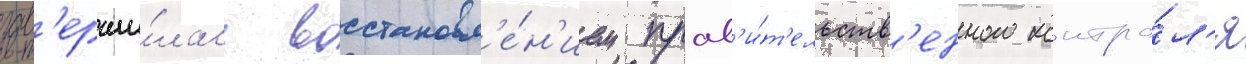
зав'ерши́лась восстановл'е́н'ием прав'и́т'ельств'енного контро́л'я